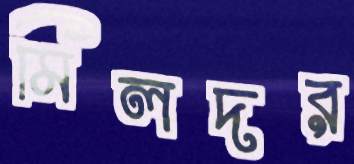
মিলদর